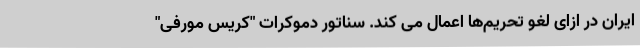
ایران در ازای لغو تحریم‌ها اعمال می کند. سناتور دموکرات "کریس مورفی"